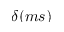
\delta ( m s )